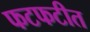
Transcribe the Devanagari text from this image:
फटफटीत